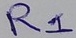
Text: R1